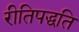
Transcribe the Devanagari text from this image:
रीतिपद्धति